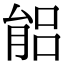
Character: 𦝕